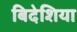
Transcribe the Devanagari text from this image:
बिदेशिया